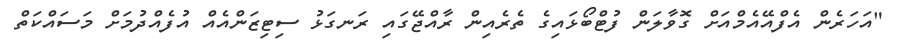
"އަހަރެން އެފްއޭއެމްއަށް ގޮވާލަން ފުޓްބޯޅައިގެ ތެރެއިން ރާއްޖޭގައި ރަނގަޅު ސިޓިޒަންއެއް އުފެއްދުމަށް މަސައްކަތް